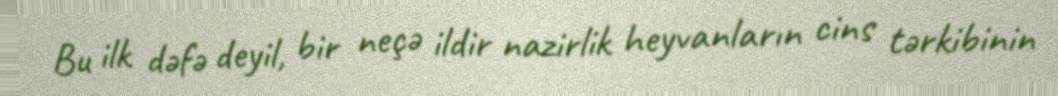
Bu ilk dəfə deyil, bir neçə ildir nazirlik heyvanların cins tərkibinin